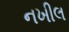
નખીલ